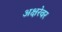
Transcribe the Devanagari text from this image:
अक्षरेवर